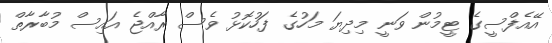
އޭއެފްސީގެ ޓީމުން ވަނީ މިދިޔަ މަހުގެ ފަހުކޮޅު ވެސް ރާއްޖެ އައިސް މުބާރާތް